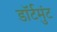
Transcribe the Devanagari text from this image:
डॉर्टमुंट